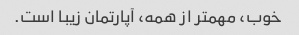
خوب، مهمتر از همه، آپارتمان زیبا است.